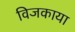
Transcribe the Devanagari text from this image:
विजकाया